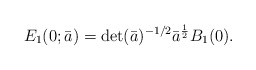
\begin{align*} E_1(0;\bar{a}) = \textup{det}(\bar{a})^{-1/2}\bar{a}^{\frac{1}{2}}B_1(0). \end{align*}